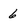
Character: 6